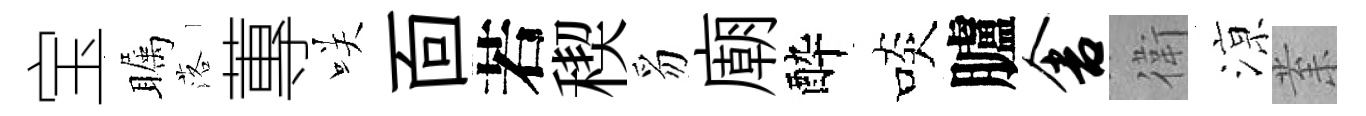
宝瞩落蓴咲靣若稧豸廟酔啖臚舍衛鿌𭪙